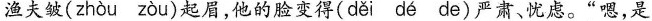
渔夫皱( zhòu zòu )起眉，他的脸变得( děi dé de)严肃、忧虑。“嗯，是